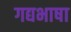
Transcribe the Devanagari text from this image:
गद्यभाषा